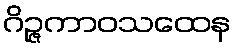
ဂိဉ္ဇကာဝသထေန